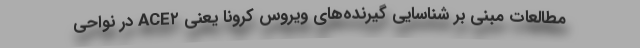
مطالعات مبنی بر شناسایی گیرنده‌های ویروس کرونا یعنی ACE۲ در نواحی